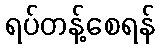
ရပ်တန့်စေရန်